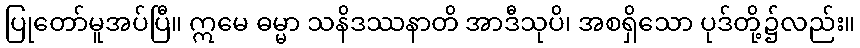
ပြုတော်မူအပ်ပြီ။ ဣမေ ဓမ္မာ သနိဒဿနာတိ အာဒီသုပိ၊ အစရှိသော ပုဒ်တို့၌လည်း။